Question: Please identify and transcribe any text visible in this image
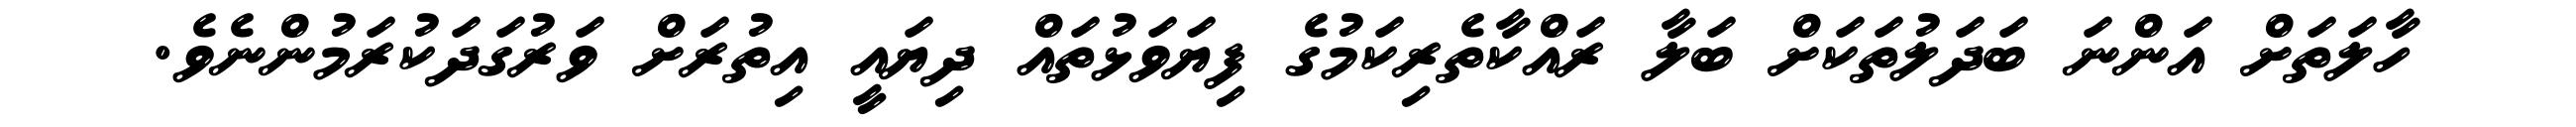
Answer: ހާލަތަށް އަންނަ ބަދަލުތަކަށް ބަލާ ރައްކާތެރިކަމުގެ ފިޔަވަޅުތައް ދިޔައީ އިތުރަށް ވަރުގަދަކުރަމުންނެވެ.